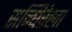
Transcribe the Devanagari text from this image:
सन्धिरेखा